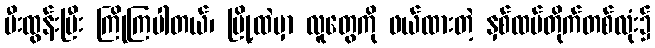
မီးထွန်းပြီး ကြိုကြပါတယ်၊ မြို့ထဲမှာ လူတွေကို ဖယ်ထားတဲ့ နှစ်ထပ်တိုက်တစ်လုံး၌